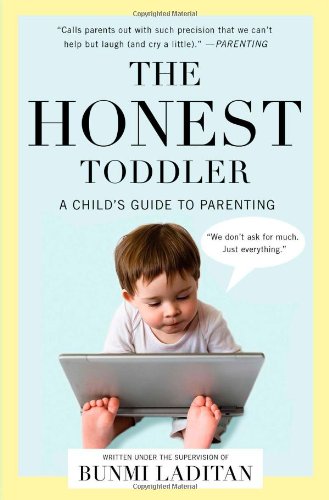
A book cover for The Honest Toddler: A Child's Guide to Parenting; Bunmi Laditan; Humor & Entertainment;